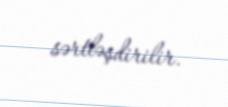
sərtləşdirilir.